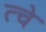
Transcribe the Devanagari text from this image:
त्चे